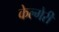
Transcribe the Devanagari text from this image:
केल्गेरी